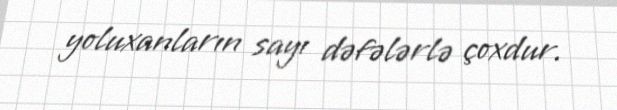
yoluxanların sayı dəfələrlə çoxdur.